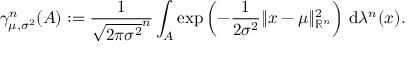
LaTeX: \gamma _ { \mu , \sigma ^ { 2 } } ^ { n } ( A ) : = { \frac { 1 } { { \sqrt { 2 \pi \sigma ^ { 2 } } } ^ { n } } } \int _ { A } \exp \left( - { \frac { 1 } { 2 \sigma ^ { 2 } } } \| x - \mu \| _ { \mathbb { R } ^ { n } } ^ { 2 } \right) \, \mathrm { d } \lambda ^ { n } ( x ) .